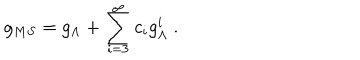
g _ { M S } = g _ { \Lambda } + \sum _ { i = 3 } ^ { \infty } c _ { i } g _ { \Lambda } ^ { i } \ .